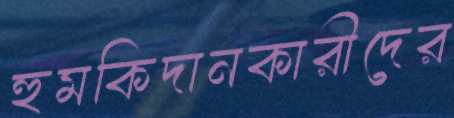
হুমকিদানকারীদের